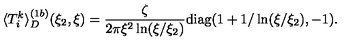
\langle T _ { i } ^ { k } \rangle _ { D } ^ { ( 1 b ) } ( \xi _ { 2 } , \xi ) = \frac { \zeta } { 2 \pi \xi ^ { 2 } \ln ( \xi / \xi _ { 2 } ) } { \mathrm { d i a g } } ( 1 + 1 / \ln ( \xi / \xi _ { 2 } ) , - 1 ) .